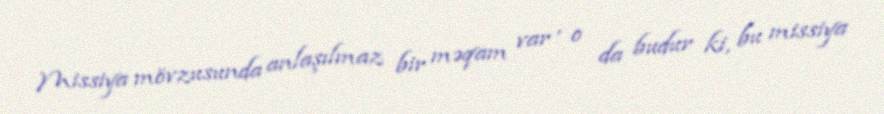
Missiya mövzusunda anlaşılmaz bir məqam var , o da budur ki, bu missiya